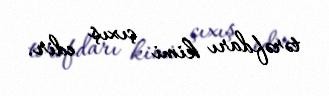
tərəfdarı kimi çıxış edir.